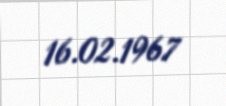
16.02.1967